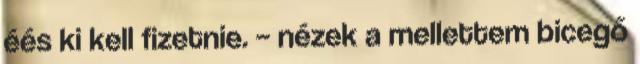
éés ki kell fizetnie. – nézek a mellettem bicegő